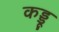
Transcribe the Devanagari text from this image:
कड्डू